Civil Veterinary Dept. North-West Frontier Province 1933-46 - 1933-1946
Year: 1933
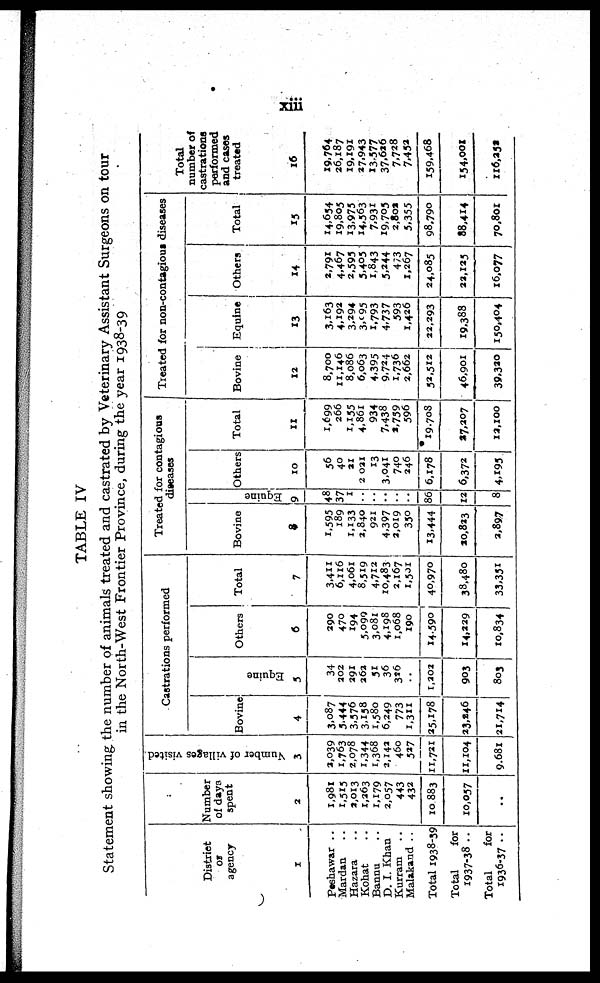
xiii
TABLE IV
Statement showing the number of animals treated and castrated by Veterinary Assistant Surgeons on tour
in the North-West Frontier Province, during the year 1938-39
District
OF
agency
1
Peshawar ..
Mardan ..
Hazara ..
Kohat ..
Bannu ..
D. I. Khan ..
Kurram ..
Malakand ..
Total 1938-39
Total
for
1937-38 ..
Total
for
1936-37 ..
Number
of days
spent
2
1,981
1,515
2,013
1,263
1,179
2,057
443
432
10,883
10,057
..
Number
of villages visited
3
2,039
1,763
2,078
1,344
1,368
2,142
460
527
11,721
11,104
9,681
Castrations performed
Bovine
4
3,087
5,444
3.376
3,158
1,580
6,249
773
1,311
25,178
23,246
21,714
Equi ne
5
34
202
291
262
51
36
326
..
1,202
903
803
Others
6
290
470
194
5,099
3,081
4,198
1,068
190
14,590
14,229
10,834
Total
7
3,411
6,116
4,061
8,519
4,712
10,483
2,167
1,501
40,970
38,480
33,351
Treated for contagious
diseases
Bovine
8
1,595
189
1,133
2.840
921
4,397
2,019
350
13,444
20,823
2,897
Equi ne
9
48
37
1
..
..
..
..
..
86
12
8
Others
10
56
40
21
2 021
13
3,041
740
246
6,178
6,372
4,195
Total
11
1,699
266
1,155
4,861
934
7,438
2,739
596
19,708
27,207
12,100
Treated for non-contagious diseases
Bovine
12
8,700
11,146
8,086
6,063
4,395
9,724
1,736
2,662
52,512
46,901
39,320
Equine
13
3,163
4,192
3,294
3,095
1,793
4,737
593
1,426
22,293
19,388
150,404
Others
14
2,791
4,467
2,593
3.403
1,843
5,244
473
1,267
24,085
22,125
16,077
Total
15
14,654
19,805
13,975
14,563
7,931
19,705
2,802
5,355
98,790
88,414
70,801
Total
number of
castrations
performed
and cases
treated
16
19,764
26,187
19,191
27.943
13,577
37,626
7,728
7,452
159,468
154,001
116,252